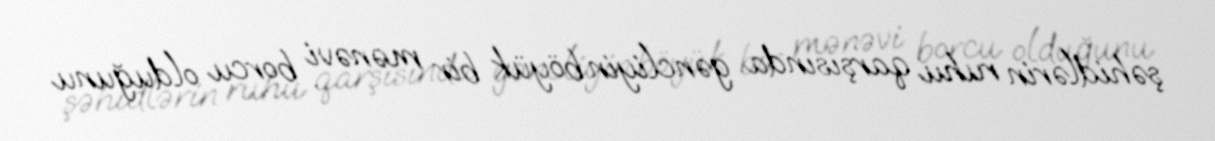
şəhidlərin ruhu qarşısında gəncliyin böyük bir mənəvi borcu olduğunu